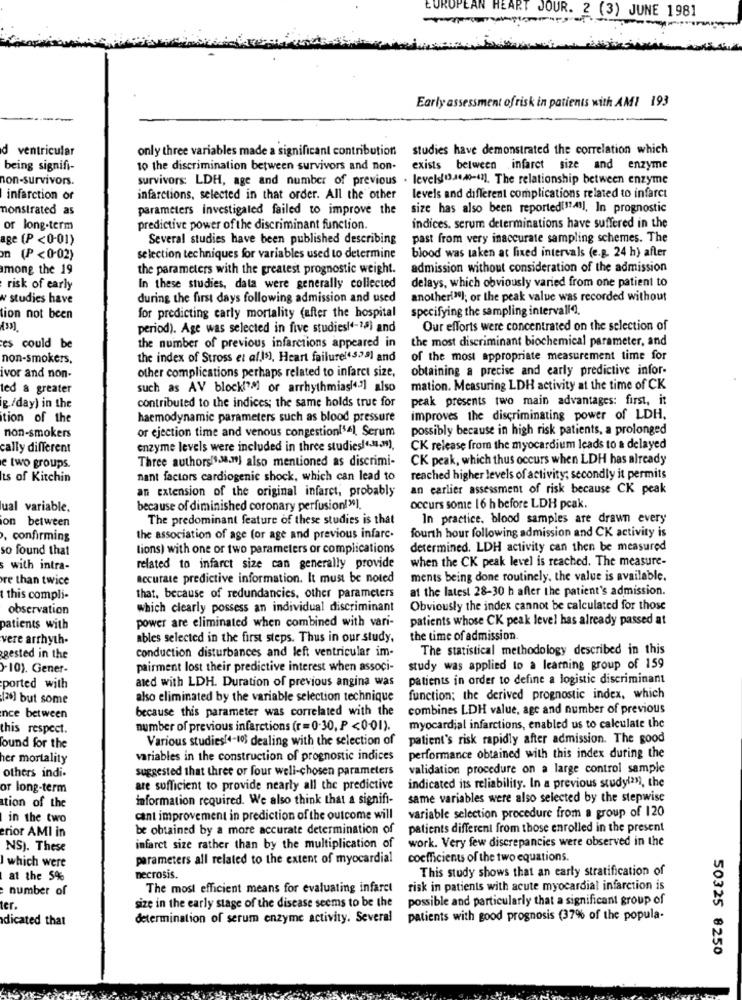
EUROP
-
AN HEART JOUR. 2 (3) JUNE 1981
Early assessment ofrisk in patients with AMI 193
d ventricular
only three variables made a significant contribution studies have demonstrated the correlation which
being signifi-
10 the discrimination between survivors and non- exists between infarct size and enzyme
non-survivors.
survivors: LDH, age and number of previous . levels134440-421. The relationship between enzyme
infarction or
infarctions, selected in that order. All the other
levels and different complications related to infarct
monstrated as
parameters investigated failed to improve the
size has also been reported(11.41], In prognostic
or long-term
predictive power of the discriminant function.
indices. serum determinations have suffered in the
age (P <0-01)
Several studies have been published describing
past from very inaccurate sampling schemes. The
blood was taken at fixed intervals (e.g. 24 h) after
(P < 0-02)
se lection techniques for variables used to determine
among the 19
the parameters with the greatest prognostic weight.
admission without consideration of the admission
delays, which obviously varied from one patient to
risk of early
In these studies, data were generally collected
w' studies have
during the first days following admission and used
another("]; or the peak value was recorded without
specifying the sampling intervall).
tion not been
for predicting carly mortality (after the hospital
period). Age was selected in five studies(4-1,5) and
Our efforts were concentrated on the selection of
the number of previous infarctions appeared in
the most discriminant biochemical parameter, and
es could be
non-smokers,
the index of Stross et al.15), Heart failure(4529) and
of the most appropriate measurement time for
other complications perhaps related to infarct size,
obtaining a precise and early predictive infor-
ivor and non-
ted & greater
such as AV block(?" or arrhythmias(4.3] also
mation. Measuring LDH activity at the time of CK
contributed to the indices; the same holds true for
peak presents two main advantages: first, it
g /day) in the
tion of the
haemodynamic parameters such as blood pressure
improves the discriminating power of LDH.
or ejection time and venous congestion(14), Serum
possibly because in high risk patients, a prolonged
non-smokers
cally different
enzyme levels were included in three studies(.)
CK release from the myocardium leads to a delayed
Three authors(98.50] also mentioned as discrimi-
CK peak, which thus occurs when LDH has already
e two groups.
ts of Kitchin
nant factors cardiogenic shock, which can lead to
reached higher levels of activity; secondly it permits
an extension of the original infarct, probably
an earlier assessment of risk because CK peak
ual variable,
because of diminished coronary perfusion!").
occurs some 16 h before LDH pcak.
The predominant feature of these studies is that
In practice, blood samples are drawn every
ion between
fourth hour following admission and CK activity is
, confirming
the association of age (or age and previous infarc.
so found that
tions) with one or two parameters or complications
determined. LDH activity can then be measured
when the CK peak level is reached. The measure-
with intra-
related to infarct size can generally provide
re than twice
accurate predictive information. It must be noted
ments being done routinely, the value is available.
at the latest 28-30 h after the patient's admission.
t this compli-
that, because of redundancies, other parameters
observation
which clearly possess an individual discriminant
Obviously the index cannot be calculated for those
power are eliminated when combined with vari-
patients whose CK peak level has already passed at
patients with
vere arrhyth-
ables selected in the first steps. Thus in our study,
the time of admission.
conduction disturbances and left ventricular im-
The statistical methodology described in this
gested in the
>-10). Gener-
pairment lost their predictive interest when associ-
study was applied to a learning group of 159
aled with LDH. Duration of previous angina was
patients in order to define a logistic discriminant
ported with
[20] but some
also eliminated by the variable selection technique
function; the derived prognostic index, which
because this parameter was correlated with the
combines LDH value, age and number of previous
nce between
this respect.
number of previous infarctions (r = 0-30, P <0-01).
myocardial infarctions, enabled us to calculate the
Various studies(4-103 dealing with the selection of
patient's risk rapidly after admission. The good
found for the
her mortality
variables in the construction of prognostic indices
performance obtained with this index during the
suggested that three or four well-chosen parameters
validation procedure on a large control sample
others indi.
or long-term
are sufficient to provide nearly all the predictive
indicated its reliability. In a previous study(23), the
information required. We also think that a signifi-
same variables were also selected by the stepwise
tion of the
variable selection procedure from a group of 120
in the two
cant improvement in prediction of the outcome will
erior AMI in
be obtained by a more accurate determination of
patients different from those enrolled in the present
work. Very few discrepancies were observed in the
NS). These
infarct size rather than by the multiplication of
I which were
parameters all related to the extent of myocardial
coefficients of the two equations.
This study shows that an early stratification of
at the 5%
necrosis.
number of
The most efficient means for evaluating infarct
risk in patients with acute myocardial infarction is
size in the early stage of the disease seems to be the
possible and particularly that a significant group of
ter.
dicated that
determination of serum enzyme activity. Several
patients with good prognosis (37% of the popula-
50325 8250